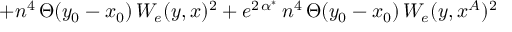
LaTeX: + n ^ { 4 } \, \Theta ( y _ { 0 } - x _ { 0 } ) \, W _ { e } ( y , x ) ^ { 2 } + e ^ { 2 \, \alpha ^ { * } } \, n ^ { 4 } \, \Theta ( y _ { 0 } - x _ { 0 } ) \, W _ { e } ( y , x ^ { A } ) ^ { 2 }